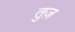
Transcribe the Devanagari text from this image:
तुज़